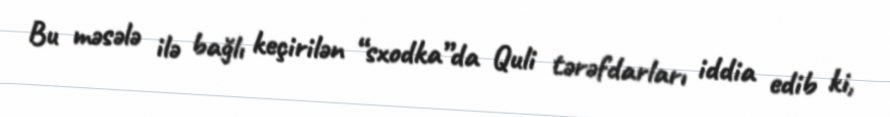
Bu məsələ ilə bağlı keçirilən “sxodka”da Quli tərəfdarları iddia edib ki,